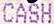
CASH